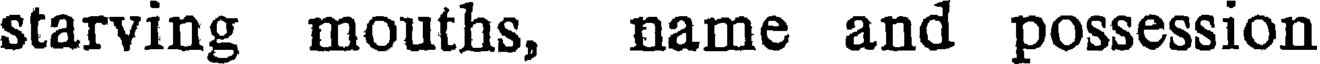
starving mouths, name and possession